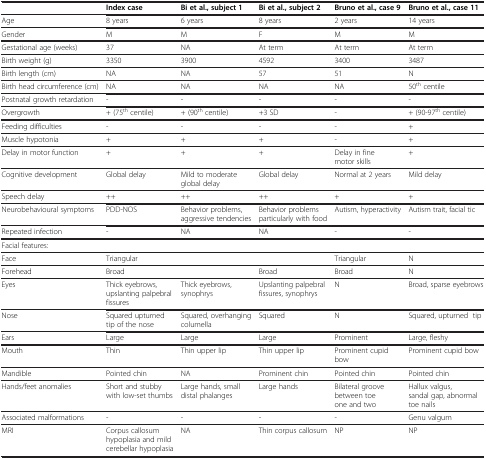
<table><thead><tr><td><b> </b></td><td><b>Index case</b></td><td><b>Bi et al., subject 1</b></td><td><b>Bi et al., subject 2</b></td><td><b>Bruno et al., case 9</b></td><td><b>Bruno et al., case 11</b></td></tr></thead><tbody><tr><td>Age</td><td>8 years</td><td>6 years</td><td>8 years</td><td>2 years</td><td>14 years</td></tr><tr><td>Gender</td><td>M</td><td>M</td><td>F</td><td>M</td><td>M</td></tr><tr><td>Gestational age (weeks)</td><td>37</td><td>NA</td><td>At term</td><td>At term</td><td>At term</td></tr><tr><td>Birth weight (g)</td><td>3350</td><td>3900</td><td>4592</td><td>3400</td><td>3487</td></tr><tr><td>Birth length (cm)</td><td>NA</td><td>NA</td><td>57</td><td>51</td><td>N</td></tr><tr><td>Birth head circumference (cm)</td><td>NA</td><td>NA</td><td>NA</td><td>NA</td><td>50<sup>th</sup> centile</td></tr><tr><td>Postnatal growth retardation</td><td>-</td><td>-</td><td>-</td><td>-</td><td>-</td></tr><tr><td>Overgrowth</td><td>+ (75<sup>th</sup> centile)</td><td>+ (90<sup>th</sup> centile)</td><td>+3 SD</td><td>-</td><td>+ (90-97<sup>th</sup> centile)</td></tr><tr><td>Feeding difficulties</td><td>-</td><td>-</td><td>-</td><td>-</td><td>+</td></tr><tr><td>Muscle hypotonia</td><td>+</td><td>+</td><td>+</td><td>-</td><td>+</td></tr><tr><td>Delay in motor function</td><td>+</td><td>+</td><td>+</td><td>Delay in fine motor skills</td><td>+</td></tr><tr><td>Cognitive development</td><td>Global delay</td><td>Mild to moderate global delay</td><td>Global delay</td><td>Normal at 2 years</td><td>Mild delay</td></tr><tr><td>Speech delay</td><td>++</td><td>++</td><td>++</td><td>+</td><td>+</td></tr><tr><td>Neurobehavioural symptoms</td><td>PDD-NOS</td><td>Behavior problems, aggressive tendencies</td><td>Behavior problems particularly with food</td><td>Autism, hyperactivity</td><td>Autism trait, facial tic</td></tr><tr><td>Repeated infection</td><td>-</td><td>NA</td><td>NA</td><td>-</td><td>-</td></tr><tr><td colspan="6">Facial features:</td></tr><tr><td>Face</td><td>Triangular</td><td> </td><td> </td><td>Triangular</td><td>N</td></tr><tr><td>Forehead</td><td>Broad</td><td> </td><td>Broad</td><td>Broad</td><td>N</td></tr><tr><td>Eyes</td><td>Thick eyebrows, upslanting palpebral fissures</td><td>Thick eyebrows, synophrys</td><td>Upslanting palpebral fissures, synophrys</td><td>N</td><td>Broad, sparse eyebrows</td></tr><tr><td>Nose</td><td>Squared upturned tip of the nose</td><td>Squared, overhanging columella</td><td>Squared</td><td>N</td><td>Squared, upturned tip</td></tr><tr><td>Ears</td><td>Large</td><td>Large</td><td>Large</td><td>Prominent</td><td>Large, fleshy</td></tr><tr><td>Mouth</td><td>Thin</td><td>Thin upper lip</td><td>Thin upper lip</td><td>Prominent cupid bow</td><td>Prominent cupid bow</td></tr><tr><td>Mandible</td><td>Pointed chin</td><td>NA</td><td>Prominent chin</td><td>Pointed chin</td><td>Pointed chin</td></tr><tr><td>Hands/feet anomalies</td><td>Short and stubby with low-set thumbs</td><td>Large hands, small distal phalanges</td><td>Large hands</td><td>Bilateral groove between toe one and two</td><td>Hallux valgus, sandal gap, abnormal toe nails</td></tr><tr><td>Associated malformations</td><td>-</td><td>-</td><td>-</td><td>-</td><td>Genu valgum</td></tr><tr><td>MRI</td><td>Corpus callosum hypoplasia and mild cerebellar hypoplasia</td><td>NA</td><td>Thin corpus callosum</td><td>NP</td><td>NP</td></tr></tbody></table>